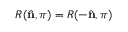
R ( { \hat { \mathbf { n } } } , \pi ) = R ( - { \hat { \mathbf { n } } } , \pi )